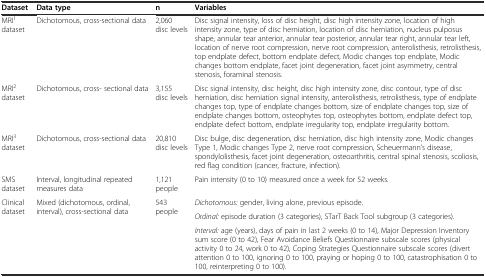
<table><thead><tr><td><b>Dataset</b></td><td><b>Data type</b></td><td><b>n</b></td><td><b>Variables</b></td></tr></thead><tbody><tr><td>MRI<sup>1</sup> dataset</td><td>Dichotomous, cross-sectional data</td><td>2,060 disc levels</td><td>Disc signal intensity, loss of disc height, disc high intensity zone, location of high intensity zone, type of disc herniation, location of disc herniation, nucleus pulposus shape, annular tear anterior, annular tear posterior, annular tear right, annular tear left, location of nerve root compression, nerve root compression, anterolisthesis, retrolisthesis, top endplate defect, bottom endplate defect, Modic changes top endplate, Modic changes bottom endplate, facet joint degeneration, facet joint asymmetry, central stenosis, foraminal stenosis.</td></tr><tr><td>MRI<sup>2</sup> dataset</td><td>Dichotomous, cross- sectional data</td><td>3,155 disc levels</td><td>Disc signal intensity, disc height, disc high intensity zone, disc contour, type of disc herniation, disc herniation signal intensity, anterolisthesis, retrolisthesis, type of endplate changes top, type of endplate changes bottom, size of endplate changes top, size of endplate changes bottom, osteophytes top, osteophytes bottom, endplate defect top, endplate defect bottom, endplate irregularity top, endplate irregularity bottom.</td></tr><tr><td>MRI<sup>3</sup> dataset</td><td>Dichotomous, cross-sectional data</td><td>20,810 disc levels</td><td>Disc bulge, disc degeneration, disc herniation, disc high intensity zone, Modic changes Type 1, Modic changes Type 2, nerve root compression, Scheuermann&#x27;s disease, spondylolisthesis, facet joint degeneration, osteoarthritis, central spinal stenosis, scoliosis, red flag condition (cancer, fracture, infection).</td></tr><tr><td>SMS dataset</td><td>Interval, longitudinal repeated measures data</td><td>1,121 people</td><td>Pain intensity (0 to 10) measured once a week for 52 weeks.</td></tr><tr><td rowspan="3">Clinical dataset</td><td rowspan="3">Mixed (dichotomous, ordinal, interval), cross-sectional data</td><td rowspan="3">543 people</td><td><i>Dichotomous:</i> gender, living alone, previous episode.</td></tr><tr><td><i>Ordinal:</i> episode duration (3 categories), STarT Back Tool subgroup (3 categories).</td></tr><tr><td><i>Interval:</i> age (years), days of pain in last 2 weeks (0 to 14), Major Depression Inventory sum score (0 to 42), Fear Avoidance Beliefs Questionnaire subscale scores (physical activity 0 to 24, work 0 to 42), Coping Strategies Questionnaire subscale scores (divert attention 0 to 100, ignoring 0 to 100, praying or hoping 0 to 100, catastrophisation 0 to 100, reinterpreting 0 to 100).</td></tr></tbody></table>